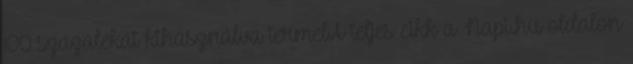
100 százalékát kihasználva termelA teljes cikk a Napi.hu oldalon